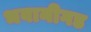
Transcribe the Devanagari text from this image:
भवानीगड